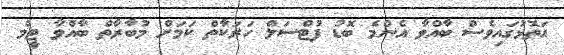
އަތޮޅުގައިވެސް ބާއްވާ އެންމެ ބޮޑު ފުޓްސަލް ހަރަކާތް ކަމަށް މުބާރާތް ބާއްވާ ޓީމް